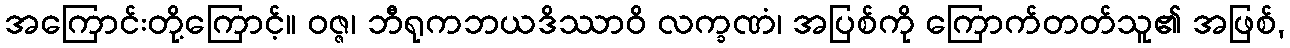
အကြောင်းတို့ကြောင့်။ ဝဇ္ဇ၊ ဘီရုကဘယဒိဿာဝိ လက္ခဏံ၊ အပြစ်ကို ကြောက်တတ်သူ၏ အဖြစ်,